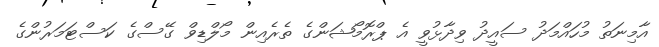
އާމިނަތު މުހައްމަދު ސައީދު ވިދާޅުވީ އެ ޕްރޮމޯޝަންގެ ތެރެއިން މޯލްޑިވް ގޭސްގެ ކަސްޓަމަރުންގެ